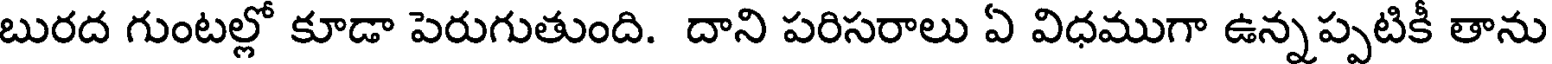
బురద గుంటల్లో కూడా పెరుగుతుంది. దాని పరిసరాలు ఏ విధముగా ఉన్నప్పటికీ తాను